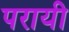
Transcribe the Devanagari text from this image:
परायी